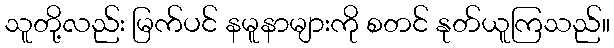
သူတို့လည်း မြက်ပင် နမူနာများကို စတင် နုတ်ယူကြသည်။